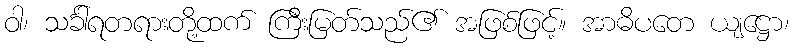
ဝါ၊ သင်္ခါရတရားတို့ထက် ကြီးမြတ်သည်၏ အဖြစ်ဖြင့်။ အာဓိပတေ ယျဋ္ဌော၊